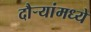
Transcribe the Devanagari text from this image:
दौऱ्यांमध्ये